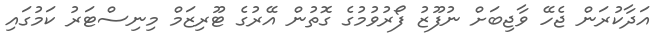
އަދާކުރަން ޖެހޭ ވާޖިބަށް ނުފޫޒު ފޯރުވުމުގެ ގޮތުން އޭރުގެ ޓޫރިޒަމް މިނިސްޓަރު ކަމުގައި